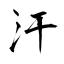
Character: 汗